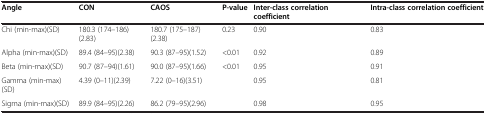
<table><thead><tr><td><b>Angle</b></td><td><b>CON</b></td><td><b>CAOS</b></td><td><b>P-value</b></td><td><b>Inter-class correlation coefficient</b></td><td><b>Intra-class correlation coefficient</b></td></tr></thead><tbody><tr><td>Chi (min-max)(SD)</td><td>180.3 (174–186)(2.83)</td><td>180.7 (175–187)(2.38)</td><td>0.23</td><td>0.90</td><td>0.83</td></tr><tr><td>Alpha (min-max)(SD)</td><td>89.4 (84–95)(2.38)</td><td>90.3 (87–95)(1.52)</td><td>&lt;0.01</td><td>0.92</td><td>0.89</td></tr><tr><td>Beta (min-max)(SD)</td><td>90.7 (87–94)(1.61)</td><td>90.0 (87–95)(1.66)</td><td>&lt;0.01</td><td>0.95</td><td>0.91</td></tr><tr><td>Gamma (min-max)(SD)</td><td>4.39 (0–11)(2.39)</td><td>7.22 (0–16)(3.51)</td><td> </td><td>0.95</td><td>0.81</td></tr><tr><td>Sigma (min-max)(SD)</td><td>89.9 (84–95)(2.26)</td><td>86.2 (79–95)(2.96)</td><td> </td><td>0.98</td><td>0.95</td></tr></tbody></table>